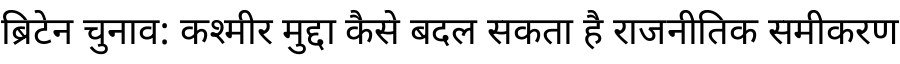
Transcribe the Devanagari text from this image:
ब्रिटेन चुनाव: कश्मीर मुद्दा कैसे बदल सकता है राजनीतिक समीकरण